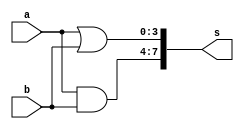
// ------------------------- 
// Exemplo0031 - F4 
// Nome: Rafael Lopes Barbosa
// ------------------------- 
// ------------------------- 
// f4_gate 
// ------------------------- 
module f4 (output [7:0] s, 
input [3:0] a, 
input [3:0] b); 

// descrever por portas
 
	assign s[7:4] = a & b;
	assign s[3:0] = a | b;

endmodule // f4 
module test_f4; 
// ------------------------- definir dados 
reg [3:0] x; 
reg [3:0] y; 
wire [7:0] z; 
f4 modulo (z, x, y); 
// ------------------------- parte principal 
initial begin 
$display("Exemplo0031 - Rafael Lopes Barbosa - 435052"); 
$display("Test LU's module");
 
x = 4'b0011; y = 4'b0101; 
// projetar testes do modulo 
#1 $display("%3b + %3b = %3b",x,y,z); 

end 
endmodule // test_f4